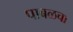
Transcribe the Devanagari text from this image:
पाबळचा